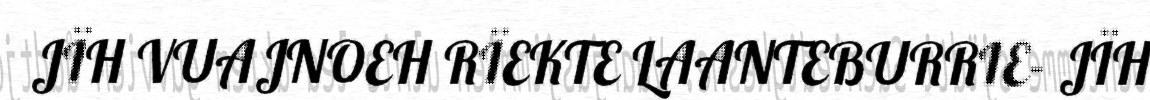
JÏH VUAJNOEH RÏEKTE LAANTEBURRIE- JÏH